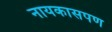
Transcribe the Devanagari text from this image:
नायकासपण